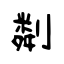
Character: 㔂